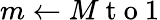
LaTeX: m\gets M\mathrm{~t~o~}1